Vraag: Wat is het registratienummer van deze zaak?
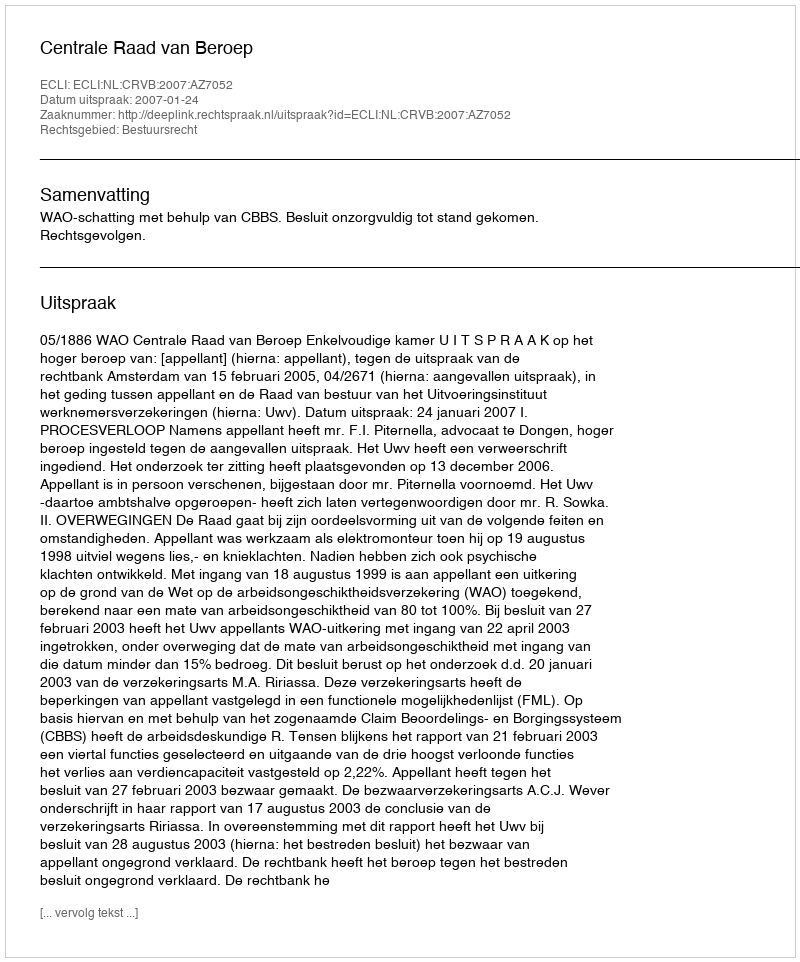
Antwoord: http://deeplink.rechtspraak.nl/uitspraak?id=ECLI:NL:CRVB:2007:AZ7052